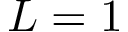
L = 1